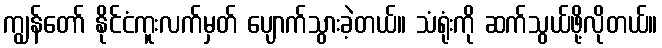
ကျွန်တော် နိုင်ငံကူးလက်မှတ် ပျောက်သွားခဲ့တယ်။ သံရုံးကို ဆက်သွယ်ဖို့လိုတယ်။